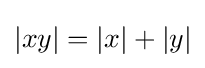
|xy|=|x|+|y|